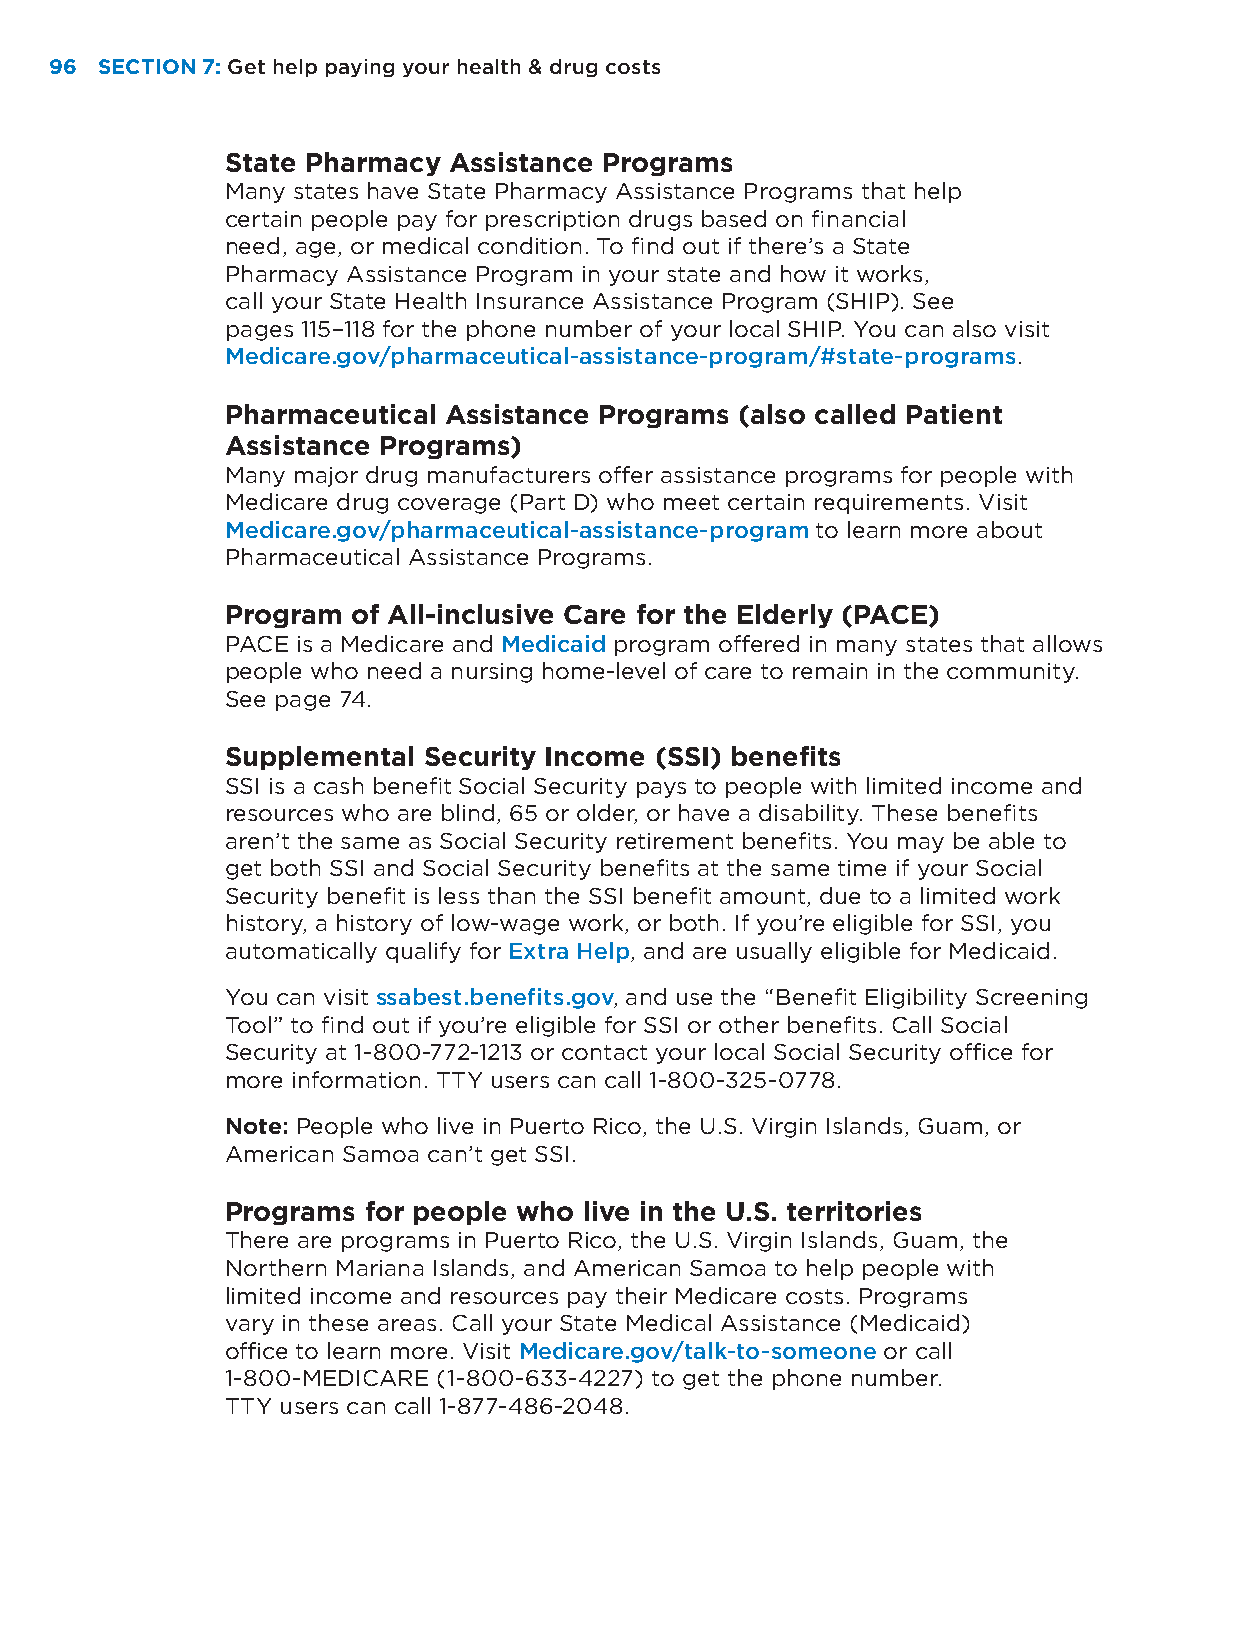
96 SECTION 7: Get help paying your health & drug costs
 State Pharmacy Assistance Programs
 Many states have State Pharmacy Assistance Programs that help
 certain people pay for prescription drugs based on financial
 need, age, or medical condition. To find out if there’s a State
 Pharmacy Assistance Program in your state and how it works,
 call your State Health Insurance Assistance Program (SHIP). See
 pages 115–118 for the phone number of your local SHIP. You can also visit
 Medicare.gov/pharmaceutical-assistance-program/#state-programs.
 Pharmaceutical Assistance Programs (also called Patient
 Assistance Programs)
 Many major drug manufacturers offer assistance programs for people with
 Medicare drug coverage (Part D) who meet certain requirements. Visit
 Medicare.gov/pharmaceutical-assistance-program to learn more about
 Pharmaceutical Assistance Programs.
 Program of All-inclusive Care for the Elderly (PACE)
 PACE is a Medicare and Medicaid program offered in many states that allows
 people who need a nursing home-level of care to remain in the community.
 See page 74.
 Supplemental Security Income (SSI) benefits
 SSI is a cash benefit Social Security pays to people with limited income and
 resources who are blind, 65 or older, or have a disability. These benefits
 aren’t the same as Social Security retirement benefits. You may be able to
 get both SSI and Social Security benefits at the same time if your Social
 Security benefit is less than the SSI benefit amount, due to a limited work
 history, a history of low-wage work, or both. If you’re eligible for SSI, you
 automatically qualify for Extra Help, and are usually eligible for Medicaid.
 You can visit ssabest.benefits.gov, and use the “Benefit Eligibility Screening
 Tool” to find out if you’re eligible for SSI or other benefits. Call Social
 Security at 1-800-772-1213 or contact your local Social Security office for
 more information. TTY users can call 1-800-325-0778.
 Note: People who live in Puerto Rico, the U.S. Virgin Islands, Guam, or
 American Samoa can’t get SSI.
 Programs for people who live in the U.S. territories
 There are programs in Puerto Rico, the U.S. Virgin Islands, Guam, the
 Northern Mariana Islands, and American Samoa to help people with
 limited income and resources pay their Medicare costs. Programs
 vary in these areas. Call your State Medical Assistance (Medicaid)
 office to learn more. Visit Medicare.gov/talk-to-someone or call
 1-800-MEDICARE (1-800-633-4227) to get the phone number.
 TTY users can call 1-877-486-2048.